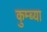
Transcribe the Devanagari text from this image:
कुम्ब्या